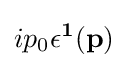
ip_{0}\mathbf {\epsilon ^{1}} (\mathbf {p} )